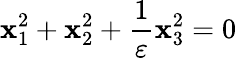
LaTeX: \mathbf{x}_{1}^{2}+\mathbf{x}_{2}^{2}+{\frac{{1}}{{\varepsilon}}}\mathbf{x}_{3}^{2}=0